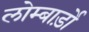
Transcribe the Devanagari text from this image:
लोम्बार्ड़ो